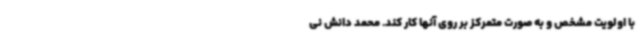
با اولویت مشخص و به صورت متمرکز بر روی آنها کار کند. محمد دانش نی